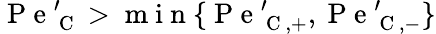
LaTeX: \mathrm{~P~e~}_{\mathrm{~C~}}^{\prime}>\mathrm{~m~i~n~}\{ \mathrm{~P~e~}_{\mathrm{~C~},+}^{\prime},\mathrm{~P~e~}_{\mathrm{~C~},-}^{\prime}\}